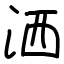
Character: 洒